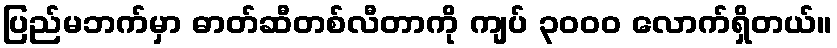
ပြည်မဘက်မှာ ဓာတ်ဆီတစ်လီတာကို ကျပ် ၃၀၀၀ လောက်ရှိတယ်။